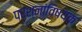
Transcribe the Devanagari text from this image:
प्रश्नांविषयक